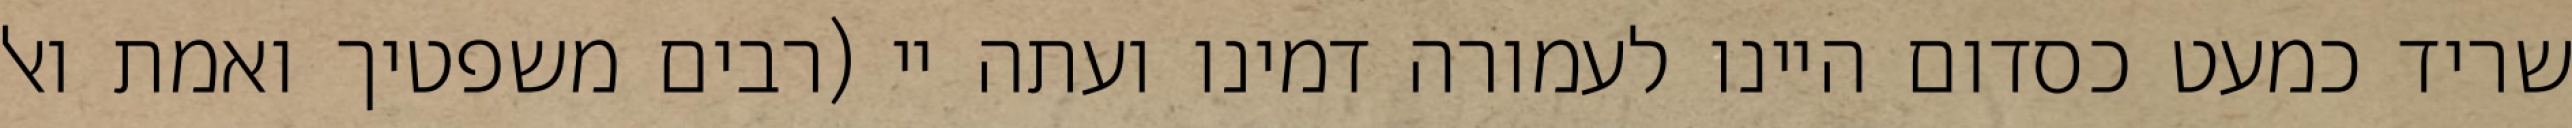
שריד כמעט כסדום היינו לעמורה דמינו ועתה יי (רבים משפטיך ואמת ואל